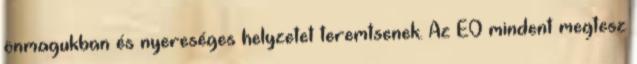
önmagukban és nyereséges helyzetet teremtsenek. Az EO mindent megtesz